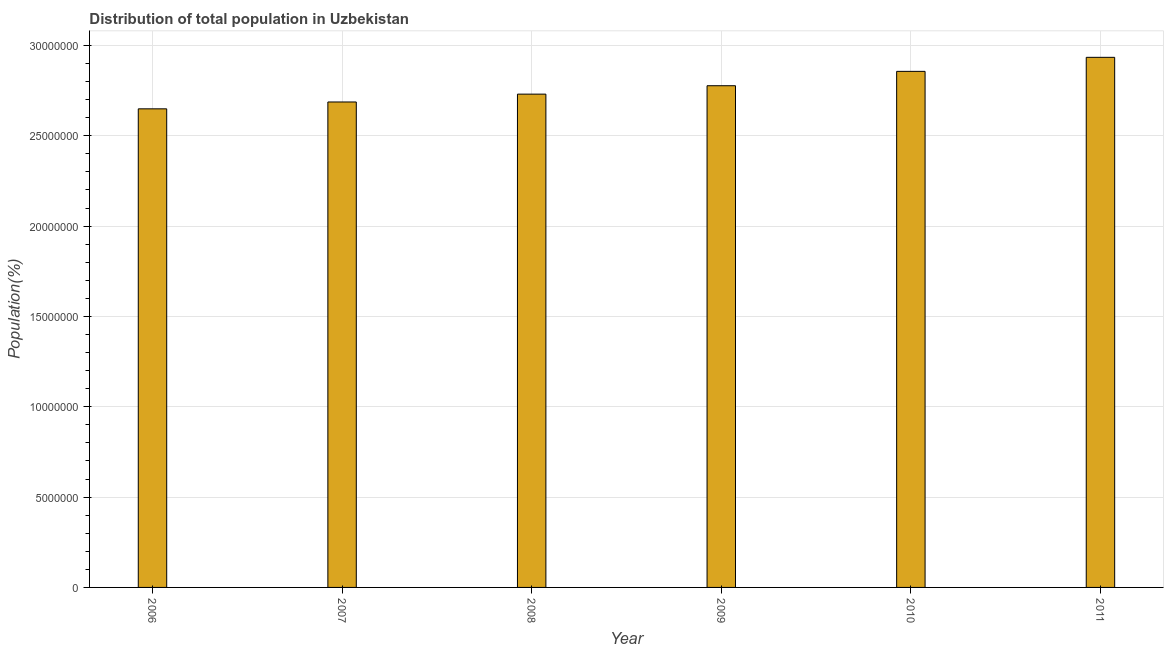
| Year | Total |
 | --- | --- |
 | 2006 | 2.65e+07 |
 | 2007 | 2.69e+07 |
 | 2008 | 2.73e+07 |
 | 2009 | 2.78e+07 |
 | 2010 | 2.86e+07 |
 | 2011 | 2.93e+07 |